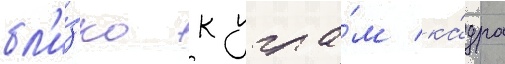
бл'и́зко к угла́м ка́дра